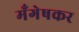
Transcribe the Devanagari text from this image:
मँगेषकर